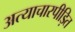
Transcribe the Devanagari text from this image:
अत्याचारपीड़ित